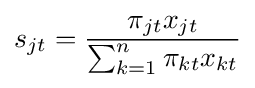
s_{jt}={\frac {\pi _{jt}x_{jt}}{\sum _{k=1}^{n}\pi _{kt}x_{kt}}}